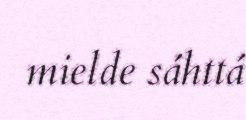
mielde sáhttá